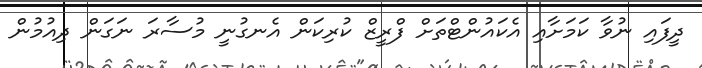
ދީފައި ނުވާ ކަމަށާއި އެކައުންޓްތަށް ފްރީޒް ކުރިކަން އެނގުނީ މުސާރަ ނަަގަން ދިއުމުން